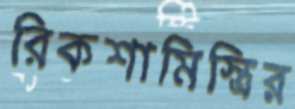
রিকশামিস্ত্রির